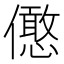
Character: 𠐣